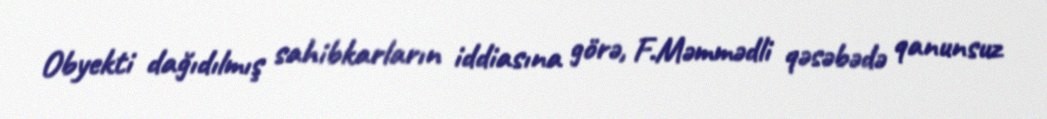
Obyekti dağıdılmış sahibkarların iddiasına görə, F.Məmmədli qəsəbədə qanunsuz